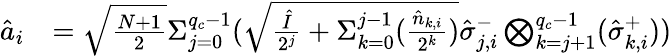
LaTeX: \begin{array}{rl}{\hat{a}_{i}}&{=\sqrt{\frac{N+1}{2}}{\Sigma}_{j=0}^{q_{c}-1}(\sqrt{\frac{\hat{I}}{2^{j}}+{\Sigma}_{k=0}^{j-1}(\frac{\hat{n}_{k,i}}{2^{k}})}\hat{\sigma}_{j,i}^{-}\bigotimes_{k=j+1}^{q_{c}-1}(\hat{\sigma}_{k,i}^{+}))}\end{array}